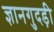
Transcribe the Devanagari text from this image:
ज्ञानगुदड़ी